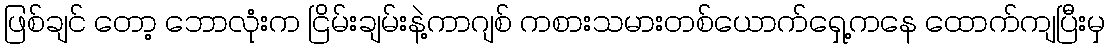
ဖြစ်ချင် တော့ ဘောလုံးက ငြိမ်းချမ်းနဲ့ကာဂျစ် ကစားသမားတစ်ယောက်ရှေ့ကနေ ထောက်ကျပြီးမှ